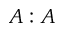
A : A